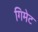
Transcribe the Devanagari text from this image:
गिमेट